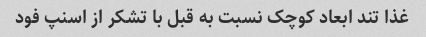
غذا تند ابعاد کوچک نسبت به قبل با تشکر از اسنپ فود